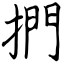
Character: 捫